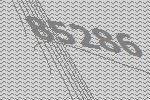
85286